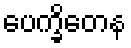
ပေက္ခိတေန